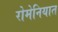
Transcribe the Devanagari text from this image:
रोमेनियात